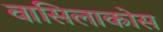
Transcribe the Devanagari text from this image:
वासिलाकोस